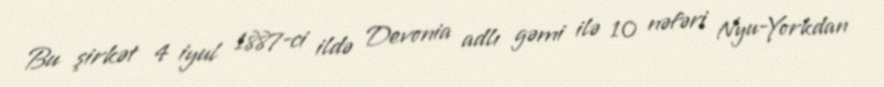
Bu şirkət 4 iyul 1887-ci ildə Devonia adlı gəmi ilə 10 nəfəri Nyu-Yorkdan